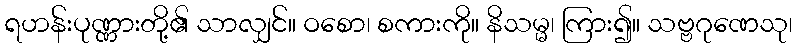
ရဟန်းပုဏ္ဏားတို့၏ သာလျှင်။ ဝစော၊ စကားကို။ နိသမ္မ၊ ကြား၍။ သဗ္ဗဂုဏေသု၊